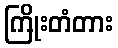
ကြိုးတံတား